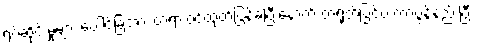
ရပ်ဆိုင်းမှုများ ပေါင်ခြံအား တရားဝင်ထုတ်ပြန်ခဲ့ပြီးနောက် တရုတ်ပြင်ပ ကာဗွန်နည်းပြီး